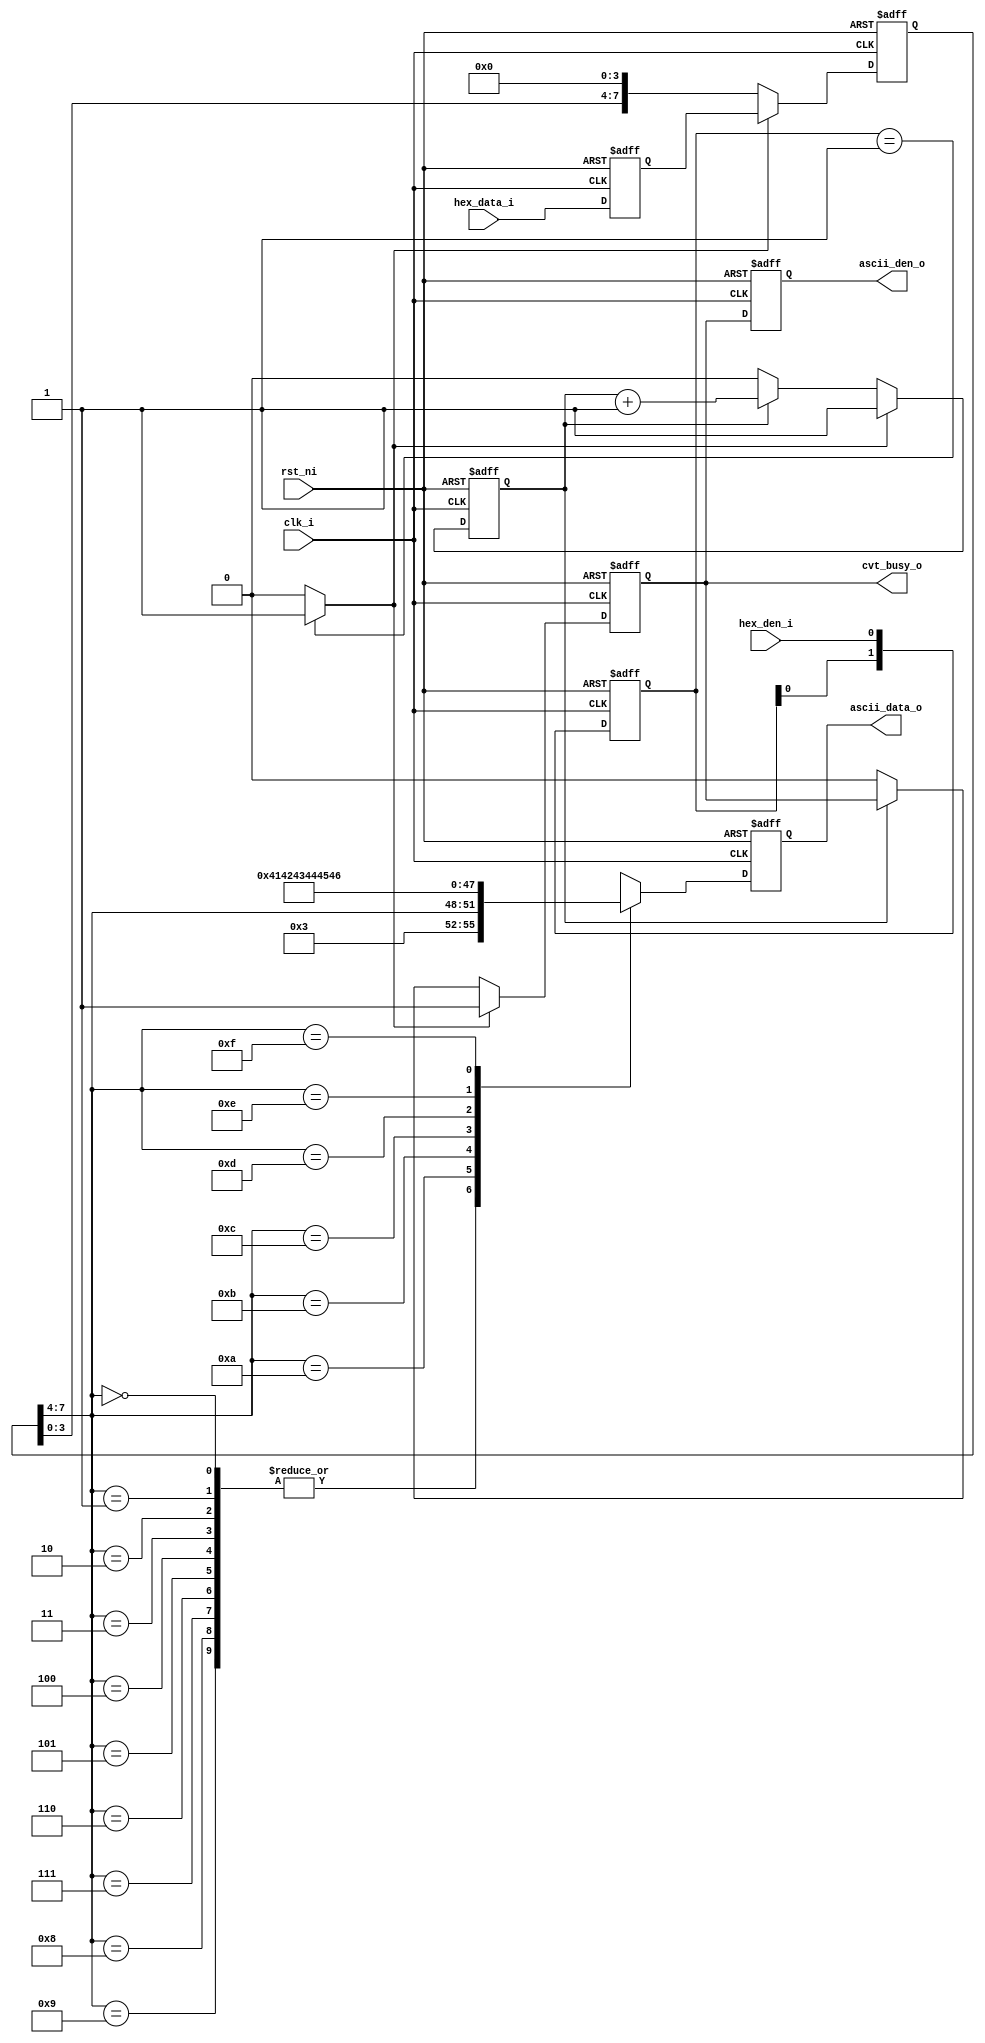
// --------------------------------------------------------
// Description : hex 2 ascii converter
//               if input 0xA3, output 'A'(0x41) '3'(0x33)
// --------------------------------------------------------
// Ver     Date       Author              Comment
// 0.01    2020.02.18 I.Yang              Create New
// --------------------------------------------------------

module hex2ascii #(
	parameter HEX_BIT_WIDTH =  2 // 
) (
	input  wire        rst_ni,
	input  wire        clk_i,

	input  wire        hex_den_i,
	input  wire  [HEX_BIT_WIDTH*4-1:0] hex_data_i,
	output wire        cvt_busy_o,

	output wire        ascii_den_o,
	output wire  [7:0] ascii_data_o
);

localparam CNTR_BIT_WIDTH = 
   (HEX_BIT_WIDTH<=32'h00000002)? 1  : (HEX_BIT_WIDTH<=32'h00000004)? 2  : (HEX_BIT_WIDTH<=32'h00000008)? 3  : (HEX_BIT_WIDTH<=32'h00000010)? 4  :
   (HEX_BIT_WIDTH<=32'h00000020)? 5  : (HEX_BIT_WIDTH<=32'h00000040)? 6  : (HEX_BIT_WIDTH<=32'h00000080)? 7  : (HEX_BIT_WIDTH<=32'h00000100)? 8  :
   (HEX_BIT_WIDTH<=32'h00000200)? 9  : (HEX_BIT_WIDTH<=32'h00000400)? 10 : (HEX_BIT_WIDTH<=32'h00000800)? 11 : (HEX_BIT_WIDTH<=32'h00001000)? 12 :
   (HEX_BIT_WIDTH<=32'h00002000)? 13 : (HEX_BIT_WIDTH<=32'h00004000)? 14 : (HEX_BIT_WIDTH<=32'h00008000)? 15 : (HEX_BIT_WIDTH<=32'h00010000)? 16 :
   (HEX_BIT_WIDTH<=32'h00020000)? 17 : (HEX_BIT_WIDTH<=32'h00040000)? 18 : (HEX_BIT_WIDTH<=32'h00080000)? 19 : (HEX_BIT_WIDTH<=32'h00100000)? 20 :
   (HEX_BIT_WIDTH<=32'h00200000)? 21 : (HEX_BIT_WIDTH<=32'h00400000)? 22 : (HEX_BIT_WIDTH<=32'h00800000)? 23 : (HEX_BIT_WIDTH<=32'h01000000)? 24 :
   (HEX_BIT_WIDTH<=32'h02000000)? 25 : (HEX_BIT_WIDTH<=32'h04000000)? 26 : (HEX_BIT_WIDTH<=32'h08000000)? 27 : (HEX_BIT_WIDTH<=32'h10000000)? 28 :
   (HEX_BIT_WIDTH<=32'h20000000)? 29 : (HEX_BIT_WIDTH<=32'h40000000)? 30 : (HEX_BIT_WIDTH<=32'h80000000)? 31 : (HEX_BIT_WIDTH<=32'hFFFFFFFF)? 32 :
   -1;

reg  [1:0]                 s_hex_den_d;
reg  [HEX_BIT_WIDTH*4-1:0] s_hex_data;

wire                       s_hex_den_rz;

reg  [CNTR_BIT_WIDTH-1:0]  s_cvt_cntr;
reg                        s_cvt_en;
reg  [HEX_BIT_WIDTH*4-1:0] s_sft_data;
reg                        s_ascii_den;
reg  [7:0]                 s_ascii_data;

// --------------------
// wr_en_i / wr_data_i delay until state shift
// --------------------
always @(negedge rst_ni, posedge clk_i)
begin
	if(~rst_ni) begin
		s_hex_den_d <= 2'b0;
		s_hex_data  <= {HEX_BIT_WIDTH*4{1'b0}};
	end else if(clk_i) begin
		s_hex_den_d <= {s_hex_den_d[0], hex_den_i};
		s_hex_data  <= hex_data_i;
	end
end

assign s_hex_den_rz = (s_hex_den_d == 2'b01) ? 1'b1 : 1'b0;

always @(negedge rst_ni, posedge clk_i)
begin
	if(~rst_ni) begin
		s_cvt_cntr <= {CNTR_BIT_WIDTH{1'b0}};
	end else if(clk_i) begin
		if (s_hex_den_rz)
			s_cvt_cntr <= 1'b1;
		else if (s_cvt_cntr != HEX_BIT_WIDTH[CNTR_BIT_WIDTH-1:0])
			s_cvt_cntr <= s_cvt_cntr + 1'b1;
	end
end

always @(negedge rst_ni, posedge clk_i)
begin
	if(~rst_ni) begin
		s_cvt_en <= 1'b0;
	end else if(clk_i) begin
		if (s_hex_den_rz)
			s_cvt_en <= 1'b1;
		else if (s_cvt_cntr == HEX_BIT_WIDTH[CNTR_BIT_WIDTH-1:0])
			s_cvt_en <= 1'b0;
	end
end

assign cvt_busy_o = s_cvt_en;

always @(negedge rst_ni, posedge clk_i)
begin
	if(~rst_ni) begin
		s_sft_data <= {HEX_BIT_WIDTH*4{1'b0}};
	end else if(clk_i) begin
		if (s_hex_den_rz)
			s_sft_data <= s_hex_data;
		else
			s_sft_data <= s_sft_data << 4;
	end
end

always @(negedge rst_ni, posedge clk_i)
begin
	if(~rst_ni) begin
		s_ascii_den  <= 1'b0;
		s_ascii_data <= 8'b0;
	end else if(clk_i) begin
		s_ascii_den  <= s_cvt_en;
		case(s_sft_data[(HEX_BIT_WIDTH*4-1):((HEX_BIT_WIDTH-1)*4)])
			4'h0, 4'h1, 4'h2, 4'h3, 4'h4,
			4'h5, 4'h6, 4'h7, 4'h8, 4'h9:
				s_ascii_data <= {4'h3, s_sft_data[(HEX_BIT_WIDTH*4-1):((HEX_BIT_WIDTH-1)*4)]};
			4'hA: s_ascii_data <= 8'h41;
			4'hB: s_ascii_data <= 8'h42;
			4'hC: s_ascii_data <= 8'h43;
			4'hD: s_ascii_data <= 8'h44;
			4'hE: s_ascii_data <= 8'h45;
			4'hF: s_ascii_data <= 8'h46;
		endcase
	end
end

assign ascii_den_o  = s_ascii_den;
assign ascii_data_o = s_ascii_data;


endmodule